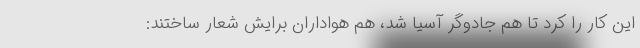
این کار را کرد تا هم جادوگر آسیا شد، هم هواداران برایش شعار ساختند: